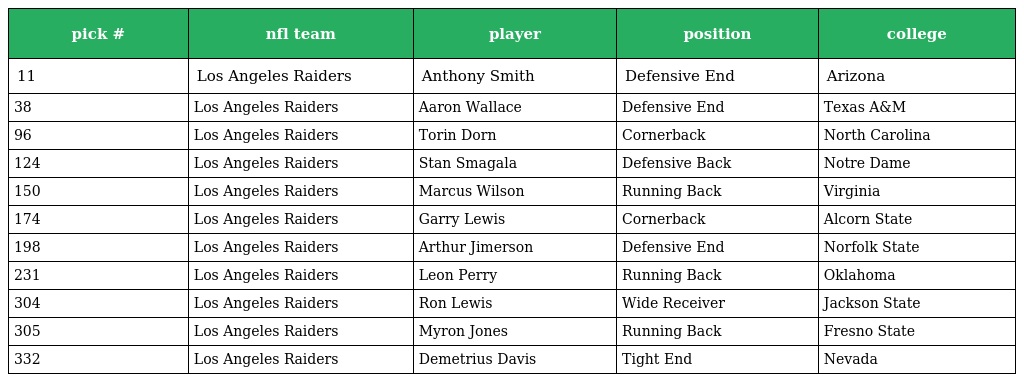
| pick # | nfl team | player | position | college |
 | --- | --- | --- | --- | --- |
 | 11 | Los Angeles Raiders | Anthony Smith | Defensive End | Arizona |
 | 38 | Los Angeles Raiders | Aaron Wallace | Defensive End | Texas A&M |
 | 96 | Los Angeles Raiders | Torin Dorn | Cornerback | North Carolina |
 | 124 | Los Angeles Raiders | Stan Smagala | Defensive Back | Notre Dame |
 | 150 | Los Angeles Raiders | Marcus Wilson | Running Back | Virginia |
 | 174 | Los Angeles Raiders | Garry Lewis | Cornerback | Alcorn State |
 | 198 | Los Angeles Raiders | Arthur Jimerson | Defensive End | Norfolk State |
 | 231 | Los Angeles Raiders | Leon Perry | Running Back | Oklahoma |
 | 304 | Los Angeles Raiders | Ron Lewis | Wide Receiver | Jackson State |
 | 305 | Los Angeles Raiders | Myron Jones | Running Back | Fresno State |
 | 332 | Los Angeles Raiders | Demetrius Davis | Tight End | Nevada |